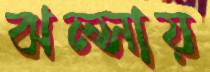
ঝল্‌সায়